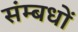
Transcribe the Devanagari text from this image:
संम्बधों